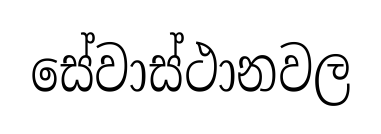
සේවාස්ථානවල